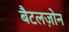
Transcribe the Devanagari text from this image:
बैटलज़ोन